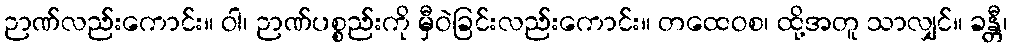
ဉာဏ်လည်းကောင်း။ ဝါ၊ ဉာဏ်ပစ္စည်းကို မှီဝဲခြင်းလည်းကောင်း။ တထေဝစ၊ ထို့အတူ သာလျှင်။ ခန္တီ၊